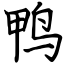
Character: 鸭